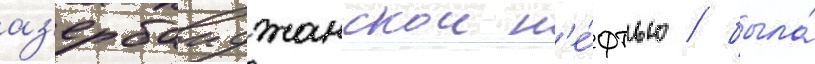
аз'ербаиджанскои н'е́фтью / была́